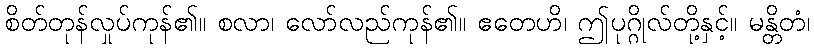
စိတ်တုန်လှုပ်ကုန်၏။ စလာ၊ လော်လည်ကုန်၏။ ဧတေဟိ၊ ဤပုဂ္ဂိုလ်တို့နှင့်။ မန္တိတံ၊